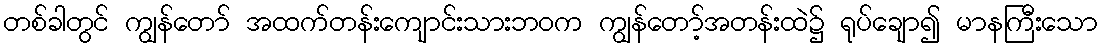
တစ်ခါတွင် ကျွန်တော် အထက်တန်းကျောင်းသားဘဝက ကျွန်တော့်အတန်းထဲ၌ ရုပ်ချော၍ မာနကြီးသော